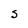
Character: S